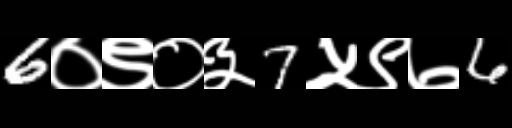
Text: 6०९०३7५९७6